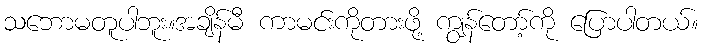
သဘောမတူပါဘူး။အချိန်မီ ကာမင်းကိုတားဖို့ ကျွန်တော့်ကို ပြောပါတယ်။